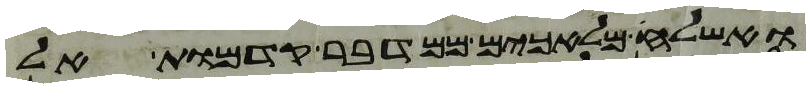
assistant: ואשלחה מלאכים ממדבר קדמות אל